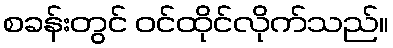
စခန်းတွင် ဝင်ထိုင်လိုက်သည်။